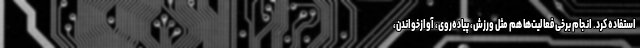
استفاده کرد. انجام برخی فعالیت‌ها هم مثل ورزش، پیاده‌روی، آوازخواندن،